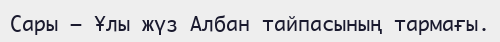
Сары — Ұлы жүз Албан тайпасының тармағы.